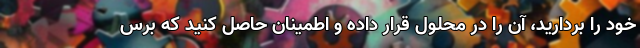
خود را بردارید، آن را در محلول قرار داده و اطمینان حاصل کنید که برس